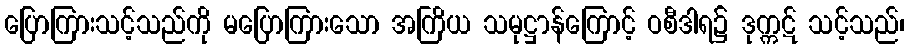
ပြောကြားသင့်သည်ကို မပြောကြားသော အကြိယ သမုဋ္ဌာန်ကြောင့် ဝစီဒါရ၌ ဒုက္ကဋ် သင့်သည်၊